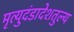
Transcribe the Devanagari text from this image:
मृत्युदंडादेशतुल्य